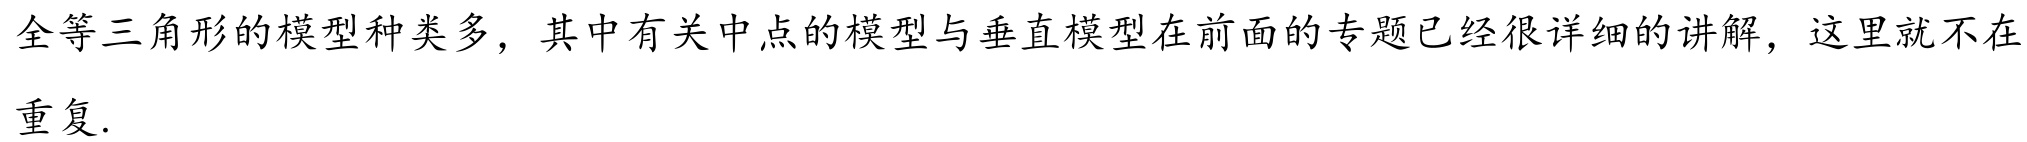
全等三角形的模型种类多，其中有关中点的模型与垂直模型在前面的专题已经很详细的讲解，这里就不在
重复.